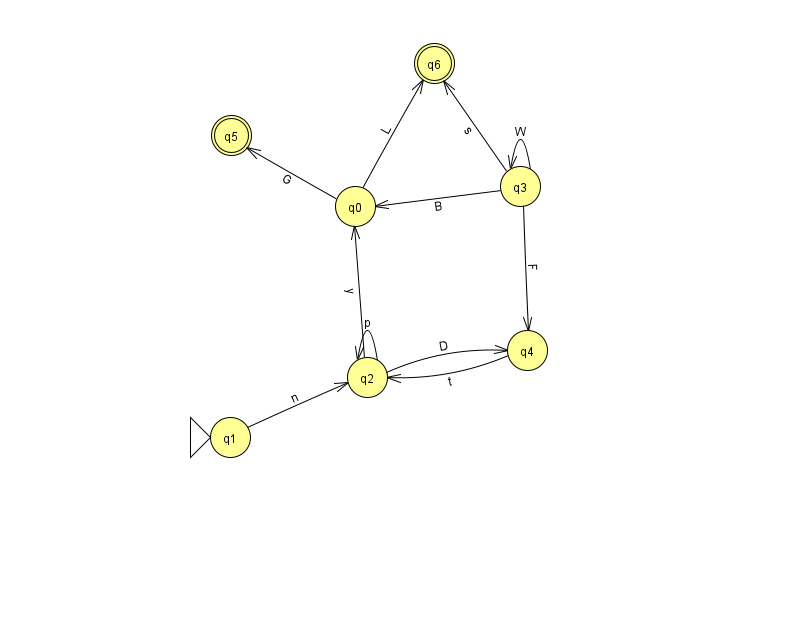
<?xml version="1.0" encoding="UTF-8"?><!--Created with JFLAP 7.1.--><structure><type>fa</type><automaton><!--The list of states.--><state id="0" name="q0"><x>355.0</x><y>193.0</y></state><state id="1" name="q1"><x>230.0</x><y>424.0</y><initial/></state><state id="2" name="q2"><x>367.0</x><y>364.0</y></state><state id="3" name="q3"><x>520.0</x><y>173.0</y></state><state id="4" name="q4"><x>527.0</x><y>337.0</y></state><state id="5" name="q5"><x>231.0</x><y>122.0</y><final/></state><state id="6" name="q6"><x>434.0</x><y>50.0</y><final/></state><!--The list of transitions.--><transition><from>2</from><to>2</to><read>p</read></transition><transition><from>0</from><to>6</to><read>L</read></transition><transition><from>1</from><to>2</to><read>n</read></transition><transition><from>3</from><to>0</to><read>B</read></transition><transition><from>0</from><to>5</to><read>G</read></transition><transition><from>3</from><to>3</to><read>W</read></transition><transition><from>2</from><to>0</to><read>y</read></transition><transition><from>2</from><to>4</to><read>D</read></transition><transition><from>4</from><to>2</to><read>t</read></transition><transition><from>3</from><to>4</to><read>F</read></transition><transition><from>3</from><to>6</to><read>s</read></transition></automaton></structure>